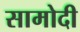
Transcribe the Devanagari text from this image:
सामोदी